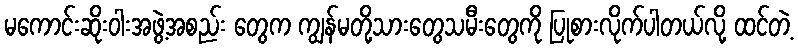
မကောင်းဆိုးဝါးအဖွဲ့အစည်း တွေက ကျွန်မတို့သားတွေသမီးတွေကို ပြုစားလိုက်ပါတယ်လို့ ထင်တဲ့